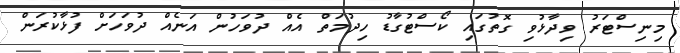
މިނިސްޓަރު ވިދާޅުވި ގޮތުގައި ކޯސްޓުގާޑު ހިދުމަތް އެއް ދުވަހުން އަނެއް ދުވަހަށް ފުޅާކުރަން